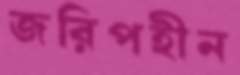
জরিপহীন